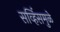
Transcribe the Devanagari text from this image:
सर्व्हिसमुळे